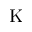
\mathrm { K }